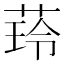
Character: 𦴿